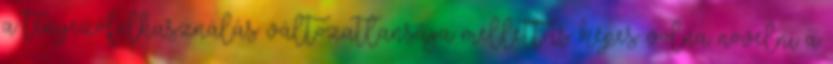
a tényezőfelhasználás változatlansága mellett is képes volna növelni a